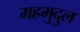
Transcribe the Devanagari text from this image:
महमुदुल